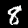
Digit: 8